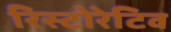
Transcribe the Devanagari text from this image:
रिस्टोरेटिव